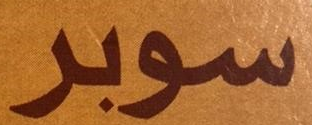
سوبر